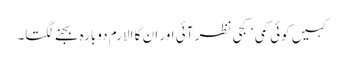
کہیں کوئی کمی ‘کجی نظر آئی اور ان کا الارم دوبارہ بجنے لگتا۔